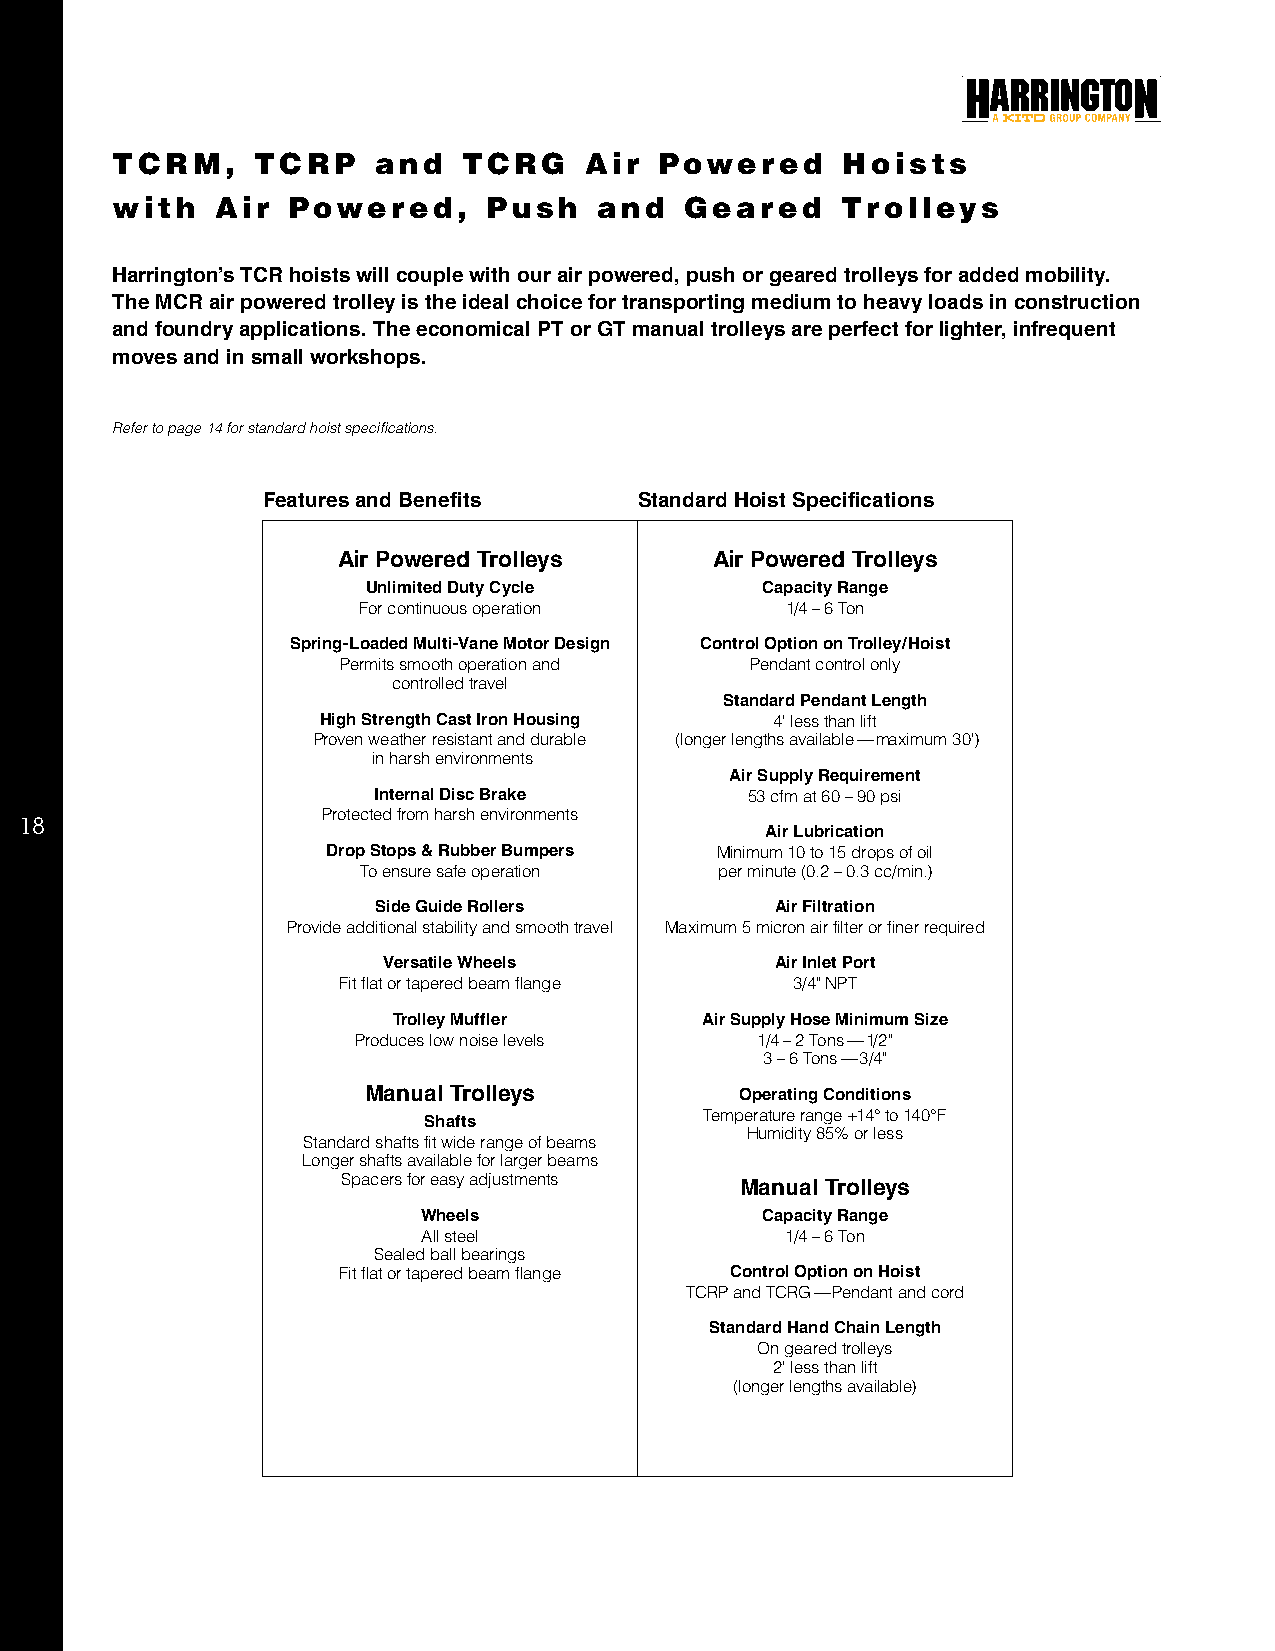
TCRM,     TCRP    and   TCRG    Air  Powered     Hoists
 with   Air  Powered,     Push    and  Geared     Trolleys
 Harrington’s TCR hoists will couple with our air powered, push or geared trolleys for added mobility.
 The MCR air powered trolley is the ideal choice for transporting medium to heavy loads in construction
 and foundry applications. The economical PT or GT manual trolleys are perfect for lighter, infrequent
 moves and in small workshops.
 Refer to page 14 for standard hoist specifications.
 Features and Benefits    Standard Hoist Specifications
 Air Powered Trolleys     Air Powered Trolleys
 Unlimited Duty Cycle      Capacity Range
 For continuous operation    1/4 – 6 Ton
 Spring-Loaded Multi-Vane Motor Design Control Option on Trolley/Hoist
 Permits smooth operation and Pendant control only
 controlled travel
 Standard Pendant Length
 High Strength Cast Iron Housing 4' less than lift
 Proven weather resistant and durable (longer lengths available — maximum 30')
 in harsh environments
 Air Supply Requirement
 Internal Disc Brake      53 cfm at 60 – 90 psi
 Protected from harsh environments
 18
 Air Lubrication
 Drop Stops & Rubber Bumpers Minimum 10 to 15 drops of oil
 To ensure safe operation per minute (0.2 – 0.3 cc/min.)
 Side Guide Rollers        Air Filtration
 Provide additional stability and smooth travel Maximum 5 micron air filter or finer required
 Versatile Wheels          Air Inlet Port
 Fit flat or tapered beam flange 3/4" NPT
 Trolley Muffler     Air Supply Hose Minimum Size
 Produces low noise levels 1/4 – 2 Tons — 1/2"
 3 – 6 Tons — 3/4"
 Manual Trolleys          Operating Conditions
 Temperature range +14° to 140°F
 Shafts
 Humidity 85% or less
 Standard shafts fit wide range of beams
 Longer shafts available for larger beams
 Spacers for easy adjustments Manual Trolleys
 Wheels                Capacity Range
 All steel               1/4 – 6 Ton
 Sealed ball bearings
 Fit flat or tapered beam flange Control Option on Hoist
 TCRP and TCRG — Pendant and cord
 Standard Hand Chain Length
 On geared trolleys
 2' less than lift
 (longer lengths available)